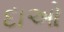
દાઓ